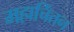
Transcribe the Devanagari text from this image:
महाचिंतन